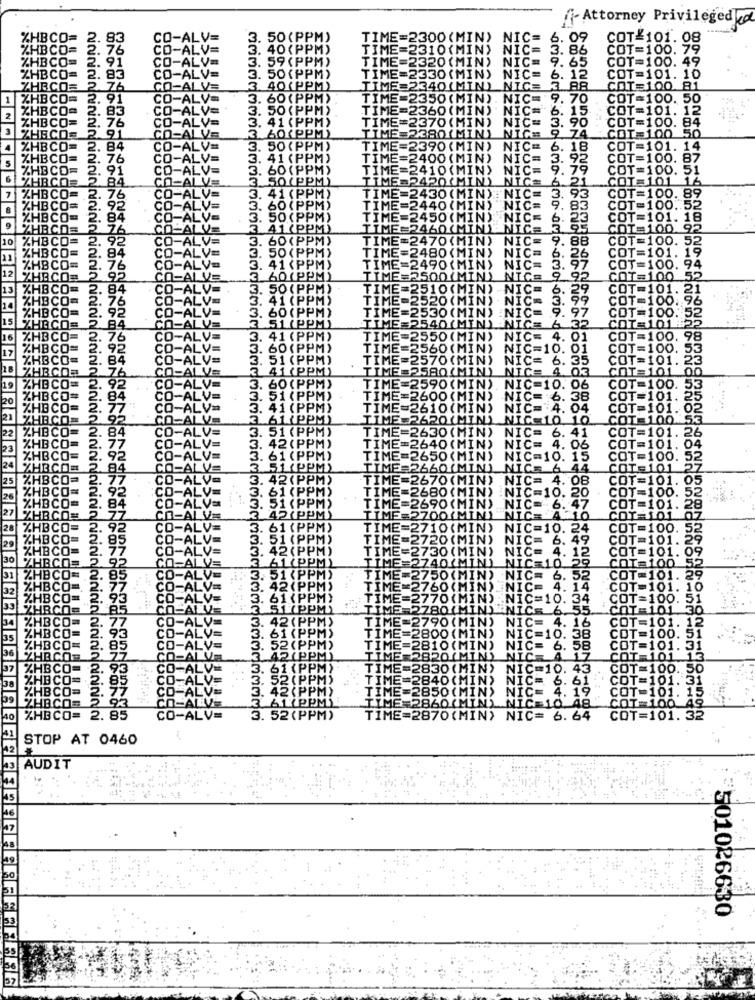
f- Attorney Privilegeded
HBCO=
3. 50(PPM)
TIME=2300 (MIN)
NIC=
6.09
COT-101.08
40(PPM)
TIME=2310(MIN)
NIC=
86
COT=100. 79
COS
59 (PPM)
TIME=2320 (MIN)
NIC= 9.
. 65
COT=100. 49
OU
TIME=2330(MIN)
83
3. 50(PPM)
NIC= 6.
COT=101. 10
40(PPM)
TIME=2340 (MIN)
NICE
88
COT=100 81
1
91
60 (PPM)
TIME=2350(MIN
NIC= 9
70
COT =100. 50
83
50(PPM)
TIME=2360(MIN
NIC=
15
COT=101. 12
2
76
TIME=2370 (MIN)
NIC=
. 90
COT=100. 84
41 (PPM)
74
60(PPM)
TIME=2380(MIN
NICE
COT=100 50
84
3. 50(PPM)
TIME=2390 (MIN)
NIC=
6. 18
COT=101. 14
5
41 (PPM)
TIME=2400 (MIN)
NIC=
. 95
COT=100. 87
60(PPM)
TIME=2410(MIN)
NIC:
.79
COT=100.
6
DIPP
ME=2420(MI
21
COT=101 16
(PP
93
7
%HE
=2430(MIN
2430 (MIN): NIC= 3.
NIC=
COT=100. 89
(PPI
440 (MII
NIC
COT=100 .. 52
ME=
50(MI
COT=101. 18
9
ME
COT=100. 92
10
O(M]
NIC=
88
COT=100. 52
ME
JO (MIN
COT=101. 19
70 (MIN)
NIC=
6.
97
26
NIC=
COT=100. 94
QO(MIN)
NIC= 9
COT=100 52
55
50(PP
510 (MIN) NIC=
NIC= 6. 29
COT=101. 21
200
COT=100:96
500
30 (MIN)
NIC= 3. 99
NIC= 9. 97
COT=100. 52
COT=101:22
2540(MIN)-NIC= 6 32
41 (
2550 (MIN) NIC= 4. 01
COT=100. 98
2560 (MIN) NIC=10. 01
COT=100. 53
53
2570 (MIN)
NIC= 6. 35
COT=101. 23
ME
2580(MIN) NIC= 4.03
COT=101 00
60 (PP
TIME=2590(MIN). NIC=10. 06
COT=100. 53
(PPM
TIME=2600 (MIN)
NIC= 6. 38
COT=101. 25
(PPI
TIME=2610(MIN) NIC= 4.04
COT=101. 02
TIME=2620(MIN) NIC=10 10
COT=100.53
TIME=2630(MIN) NIC= 6. 41
COT=101. 26
TIME=2640(MIN) NIC= 4.06
COT=101. 04
E=2650(MIN) NIC=10. 15
COT=100. 52
TIME =2660(MIN) NICS 6 44
COT=101
[ME=2670(MIN)
NIC= 4. 08
COT=101. 05
TIME=2680 (MIN) :NIC=10. 20
[ME=2690 (MIN).
COT=100. 52
NIC= 6. 47
COT=101. 28
TIME=2700(MIN)"
NICE A -10
COT=101 07
TIME=2710 (MIN)
NIC=10. 24
COT=100. 52
TIME=2720(MIN) NIC= 6. 49
COT=101. 29
COT=101. 09
TIME=2730(MIN) NIC= 4. 12
TIME=2740(MIN) NIC=10 29
COT=100
COT=101. 29
LIME 2750(MIN) NIC= 6. 52
TIME=2760 (MIN) NIC= 4. 14
COT=101. 10
TIME=2770 (MIN) NIC=10. 34
COT=100. 51
TIME 2780(MIN) NICE 6.55.
COT=101 30
TIME=2790 (MIN)
NIC= 4. 16
COT=101. 12
TIME=2800(MIN) NIC=10. 38
COT=100. 51
TIME=2810(MIN) NIC= 6. 58
COT=101. 31
TIME 2820(MIN) NIC -_ A_17
COT=101 13.
2.93
TIME=2830 (MIN) NIC=10. 43
COT=100. 50
. 85
PM) TIME=2840(MIN) NIC= 6.61:
COT=101. 31
TIME=2850(MIN) NIC= 4. 19"
COT-101. 15 .5
BCOS
93
TIME=2860(MIN) NIC 10 48
COT 1
%HBCO= 2. 85
ninin ninininjainicin cininioloinininfoi
-ALV=
52
PM)
TIME=2870(MIN) NIC= 6. 64
COT=101. 32
STOP AT 0460
AUDIT
501026630